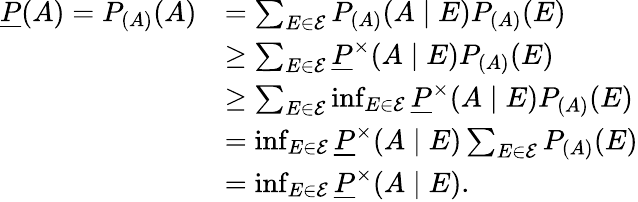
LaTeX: \begin{array}{rl}{\underline{{P}}(A)=P_{(A)}(A)}&{=\sum_{E\in\mathcal{E}}P_{(A)}(A\mid E)P_{(A)}(E)}\\ &{\geq\sum_{E\in\mathcal{E}}\underline{{P}}^{\times}(A\mid E)P_{(A)}(E)}\\ &{\geq\sum_{E\in\mathcal{E}}\operatorname*{inf}_{E\in\mathcal{E}}\underline{{P}}^{\times}(A\mid E)P_{(A)}(E)}\\ &{=\operatorname*{inf}_{E\in\mathcal{E}}\underline{{P}}^{\times}(A\mid E)\sum_{E\in\mathcal{E}}P_{(A)}(E)}\\ &{=\operatorname*{inf}_{E\in\mathcal{E}}\underline{{P}}^{\times}(A\mid E).}\end{array}